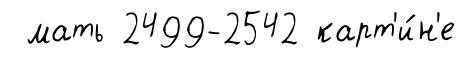
мать 2499-2542 карт'и́н'е